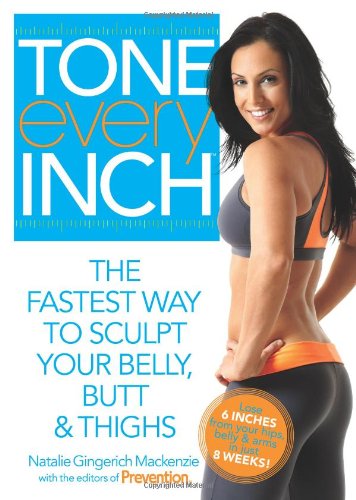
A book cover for Tone Every Inch (TM): The Fastest Way to Sculpt Your Belly, Butt & Thighs; Natalie Gingerich Mackenzie; Health, Fitness & Dieting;